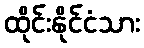
ထိုင်းနိုင်ငံသား